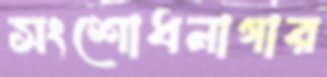
সংশোধনাগার